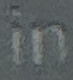
in